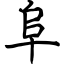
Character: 阜